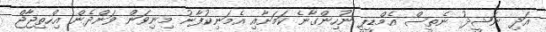
އަދި ނަޝީދު ނެތީސް އެމްޑީޕީ ނުހިންގާނެ ކަމަށާއި އެމަނިކުފާނު މިނިވަން ވަންދެން އިހްތިޖާޖް